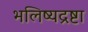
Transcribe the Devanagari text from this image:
भलिष्यद्रष्टा